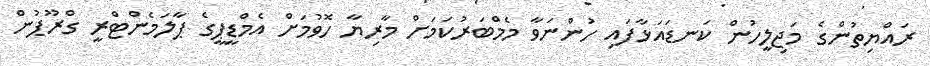
ރައްޔިތުންގެ މަޖިލީހުން ކަނޑައަޅާފައި ހުންނަވާ މެމްބަރުކަމަށް މާރިޔާ ހޮވުމަށް އެމްޑީޕީގެ ޕާލަމެންޓްރީ ގްރޫޕުން